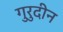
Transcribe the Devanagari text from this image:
गुरुदीन